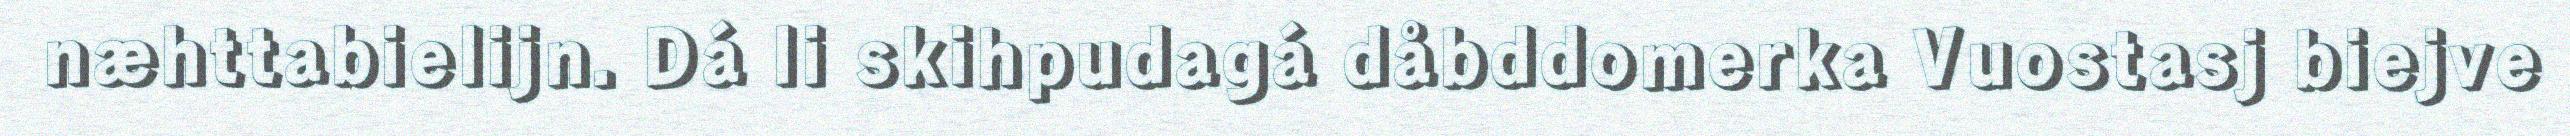
næhttabielijn. Dá li skihpudagá dåbddomerka Vuostasj biejve